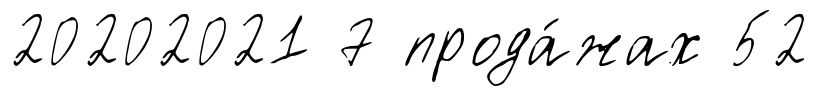
20202021 7 прода́жах 52